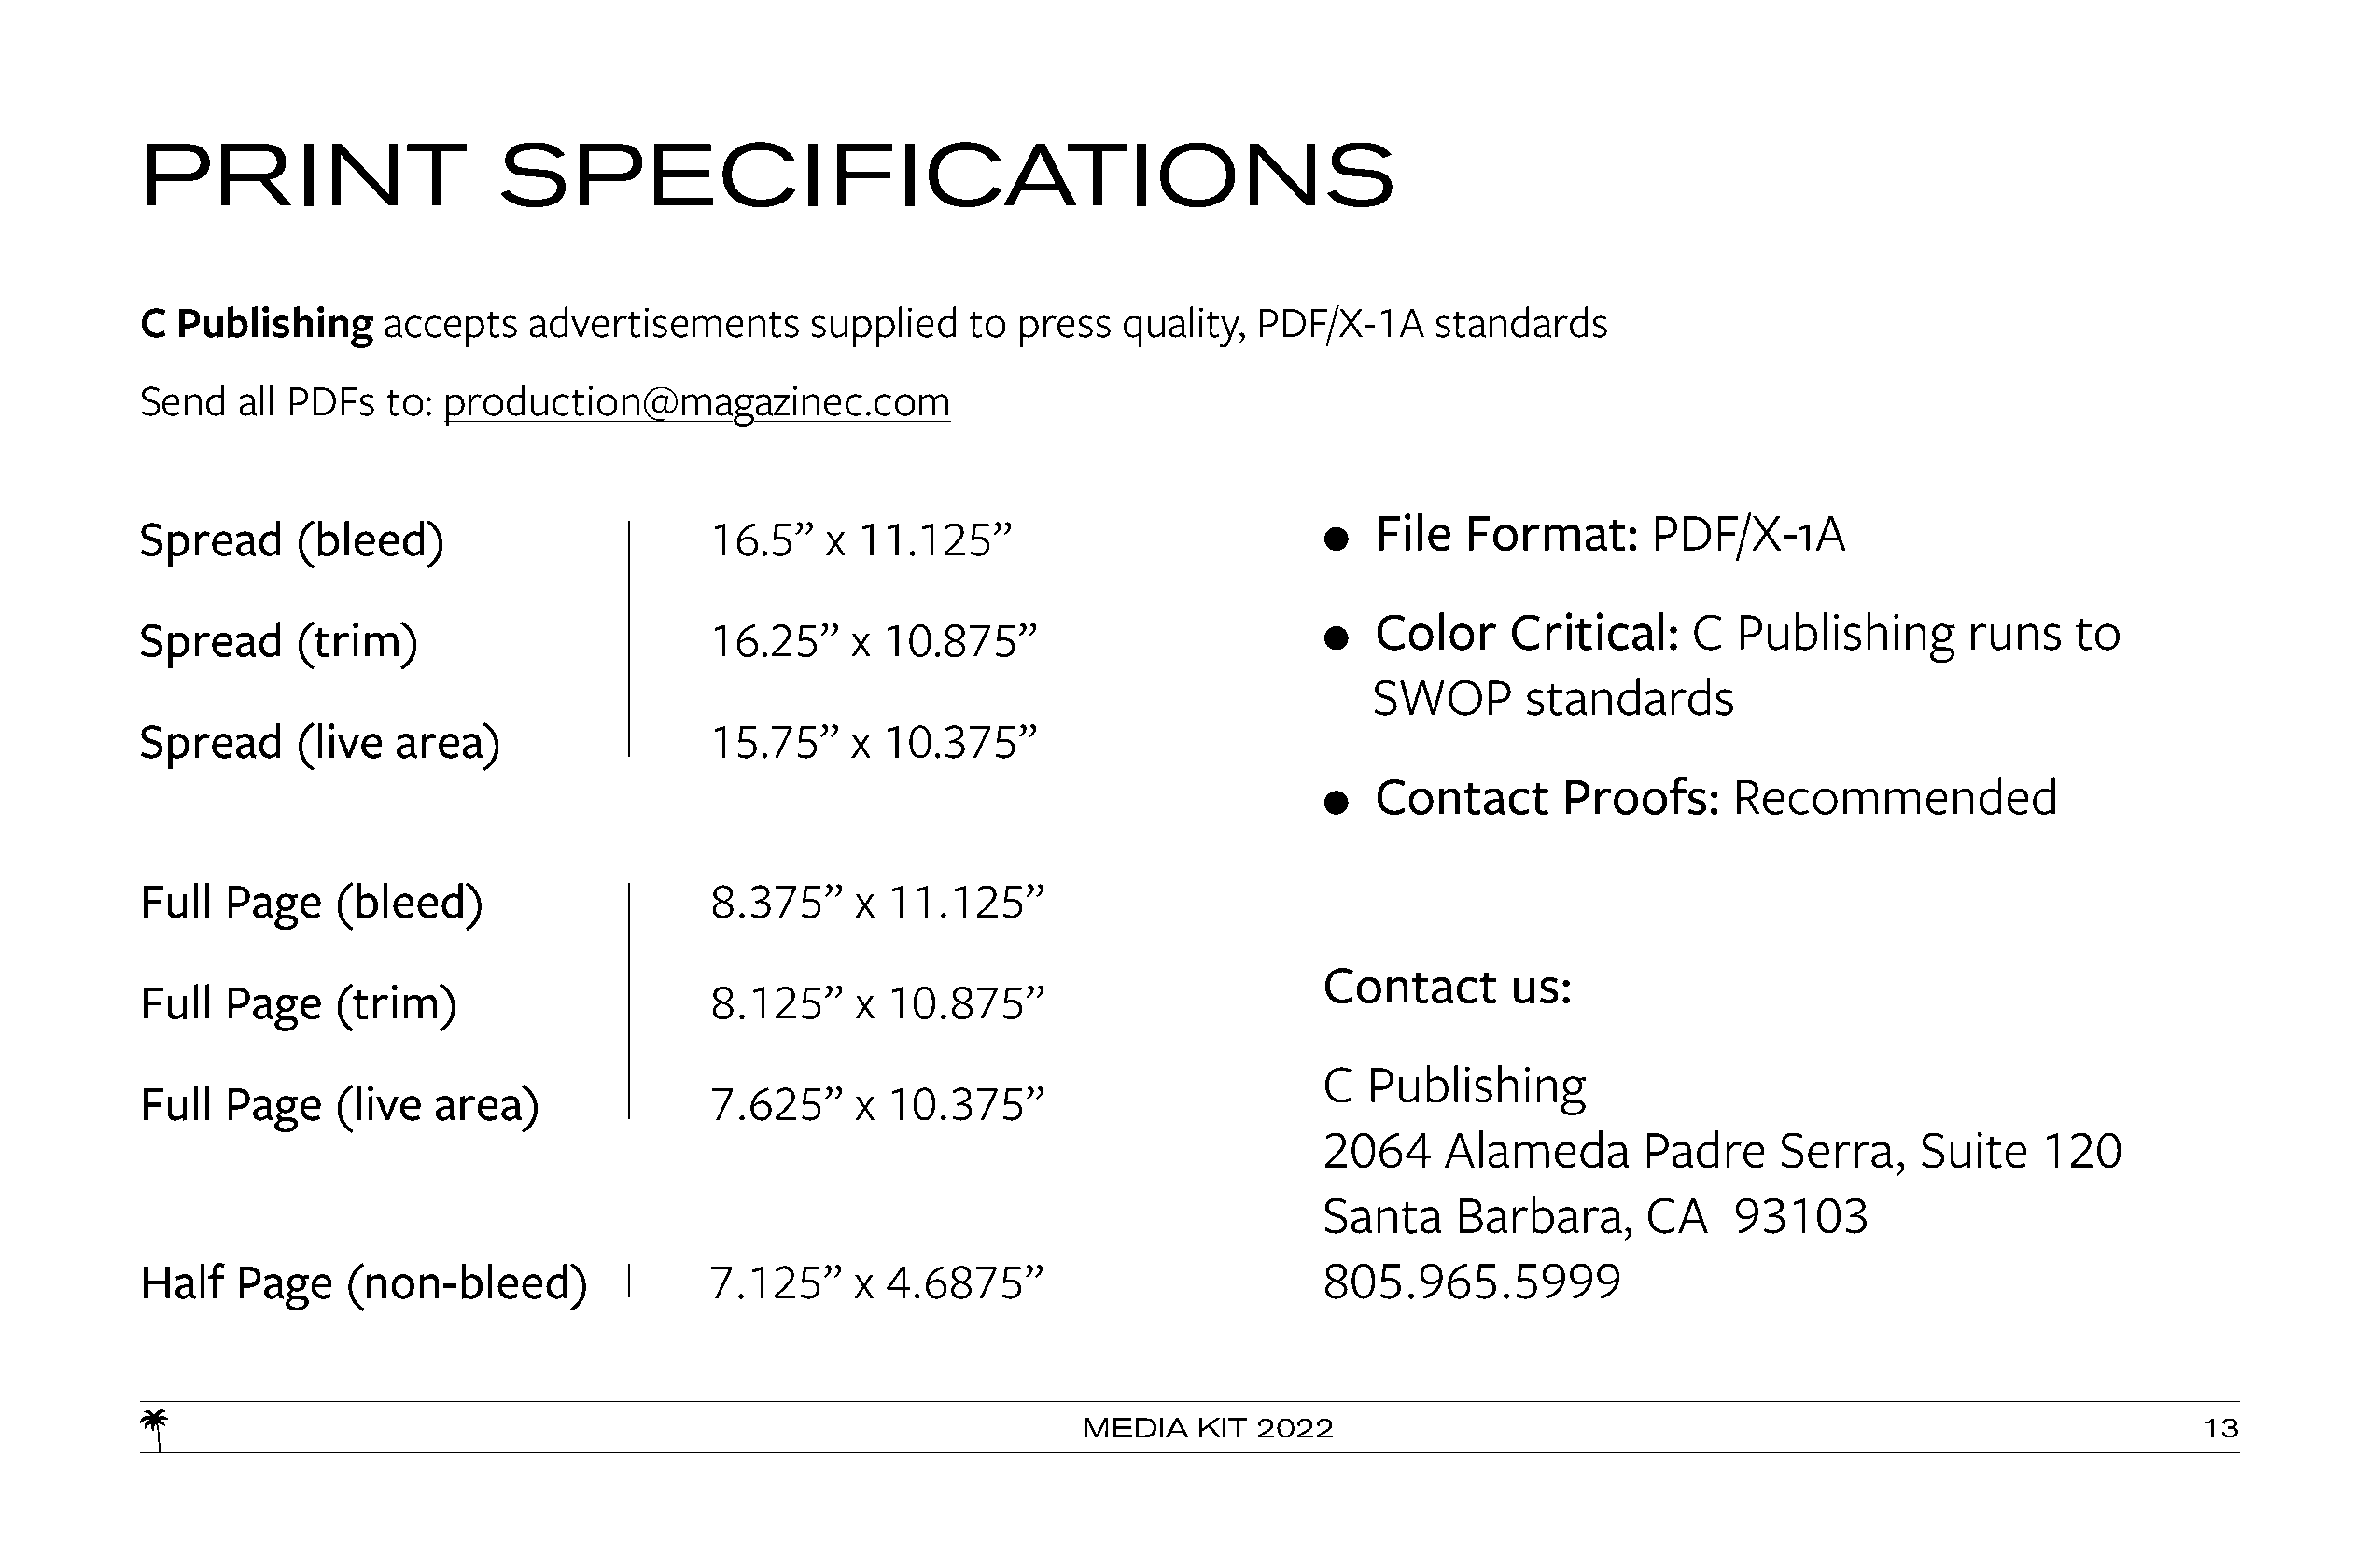
PRINT                    SPECIFICATIONS
 C  Publishing    accepts    advertisements      supplied   to press   quality, PDF/X-1A     standards
 Send   all PDFs  to: production@magazinec.com
 X   File  Format:      PDF/X-1A
 Spread     (bleed)                      16.5”    x 11.125”
 X   Color    Critical:    C  Publishing       runs   to
 Spread     (trim)                       16.25”    x  10.875”
 SWOP       standards
 Spread     (live  area)                 15.75”    x  10.375”
 X   Contact      Proofs:     Recommended
 Full  Page    (bleed)                   8.375”     x 11.125”
 Contact      us:
 Full  Page    (trim)                    8.125”     x 10.875”
 C  Publishing
 Full  Page    (live  area)              7.625”     x 10.375”
 2064    Alameda        Padre    Serra,    Suite    120
 Santa    Barbara,      CA    93103
 Half   Page   (non-bleed)               7.125”     x 4.6875”                        805.965.5999
 MEDIA   KIT 2022                                                               13